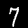
Label: 7